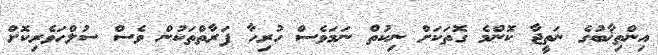
އިންތިޚާބުގެ ނަތީޖާ ކޮންމެ ގޮތަކަށް ނިކުތް ނަމަވެސް ހުރިހާ ފަރާތްތަކުން ވެސް ސުލްހަވެރިކޮށް